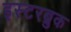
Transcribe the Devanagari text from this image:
इस्टरब्रुक